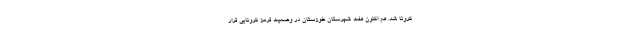
کرونا شد. هم اکنون هفت شهرستان خوزستان در وضعیت قرمز کرونایی قرار